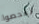
تفحصوا